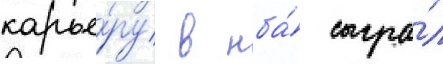
карье́ру в нба́ сыгра́л